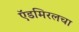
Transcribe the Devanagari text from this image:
ऍडमिरलचा